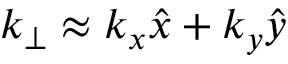
k _ { \perp } \approx k _ { x } \hat { x } + k _ { y } \hat { y }